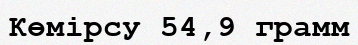
Көмірсу 54,9 грамм